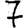
Digit: 7